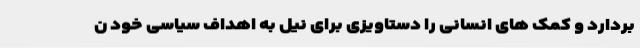
بردارد و کمک های انسانی را دستاویزی برای نیل به اهداف سیاسی خود ن